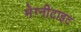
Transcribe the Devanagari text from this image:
मेग्नीटाइट